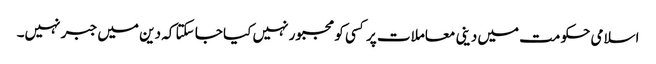
اسلامی حکومت میں دینی معاملات پر کسی کو مجبور نہیں کیا جا سکتا کہ دین میں جبر نہیں۔